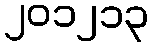
၂၀၁၂၁၃